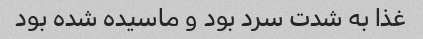
غذا به شدت سرد بود و ماسیده شده بود